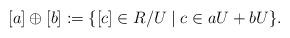
LaTeX: \begin{align*}[a]\oplus [b] := \{ [c] \in R/U \mid c \in aU + bU\}. \end{align*}